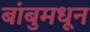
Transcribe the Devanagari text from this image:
बांबुमधून